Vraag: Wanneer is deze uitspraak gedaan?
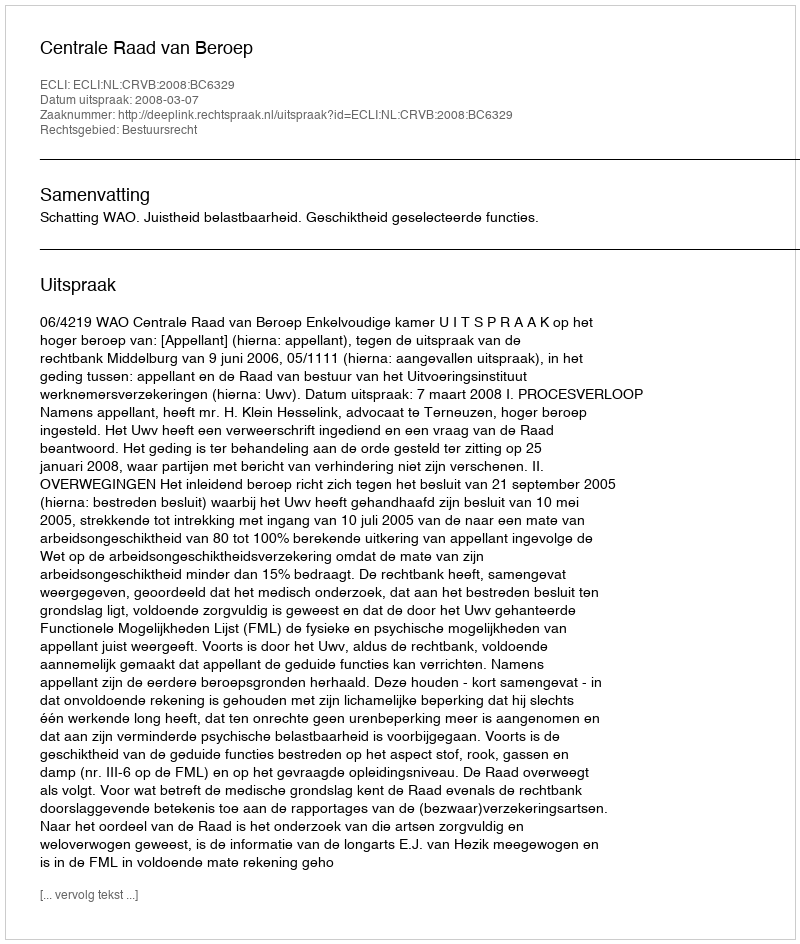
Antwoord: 2008-03-07